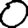
Digit: 0